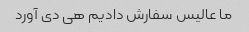
ما عالیس سفارش دادیم هی دی آورد